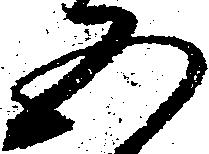
五